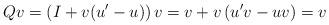
LaTeX: \begin{align*}Qv = \left(I + v (u'-u)\right) v= v + v\left(u'v - uv\right)= v\end{align*}